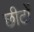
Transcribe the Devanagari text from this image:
छीटों